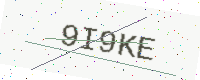
Text: 9I9KE